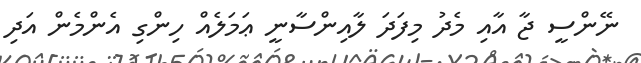
ނޭންސީ ޖާ އާއި މެދު މިފަދަ ލާއިންސާނީ ޢަމަލެއް ހިންގި އެންމެން އަދި